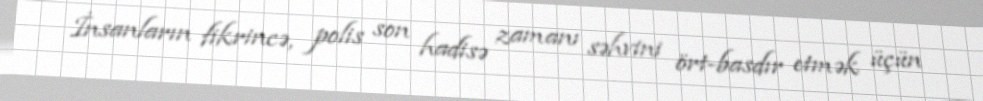
İnsanların fikrincə, polis son hadisə zamanı səhvini ört-basdır etmək üçün